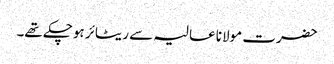
حضرت مولانا عالیہ سے ریٹائر ہوچکے تھے۔